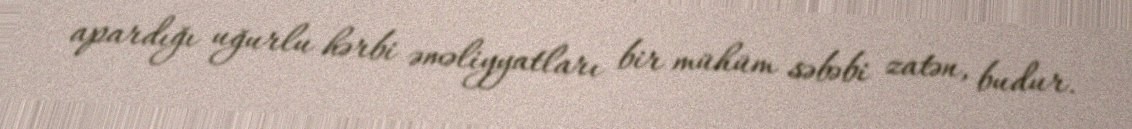
apardığı uğurlu hərbi əməliyyatları bir mühüm səbəbi zatən, budur.